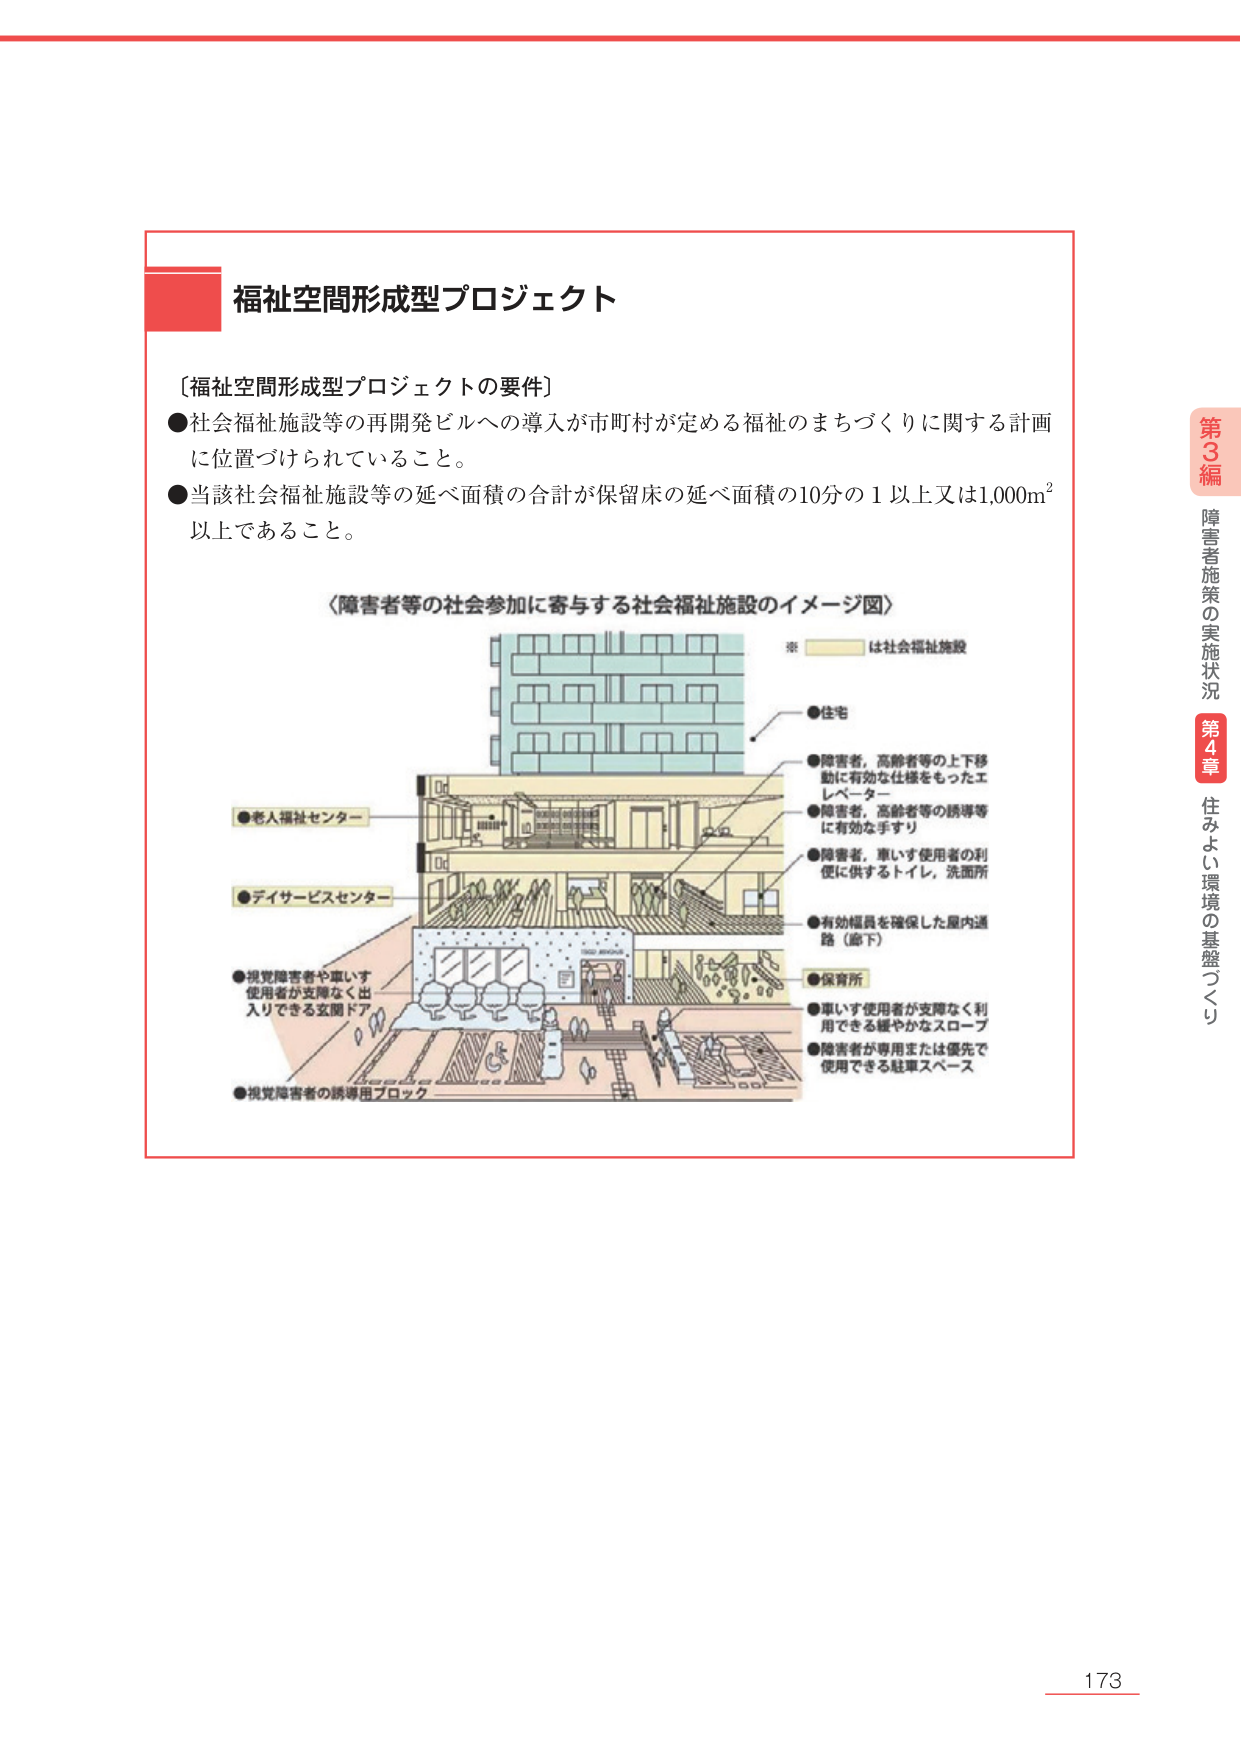
福祉空間形成型プロジェクト

〔福祉空間形成型プロジェクトの要件〕
●社会福祉施設等の再開発ビルへの導入が市町村が定める福祉のまちづくりに関する計画に位置づけられていること。
●当該社会福祉施設等の延べ面積の合計が保留床の延べ面積の10分の1以上又は1,000m²以上であること。

〈障害者等の社会参加に寄与する社会福祉施設のイメージ図〉
※ は社会福祉施設

●住宅
●障害者、高齢者等の上下移動に有効な仕様をもったエレベーター
●障害者、高齢者等の誘導等に有効な手すり
●障害者、車いす使用者の利便に供するトイレ、洗面所
●有効幅員を確保した屋内通路（廊下）
●保育所
●車いす使用者が支障なく利用できる緩やかなスロープ
●障害者が専用または優先で使用できる駐車スペース

●老人福祉センター
●デイサービスセンター
●視覚障害者や車いす使用者が支障なく出入りできる玄関ドア
●視覚障害者の誘導用ブロック

第3編 障害者施策の実施状況
第4章 住みよさ環境の基盤づくり

173